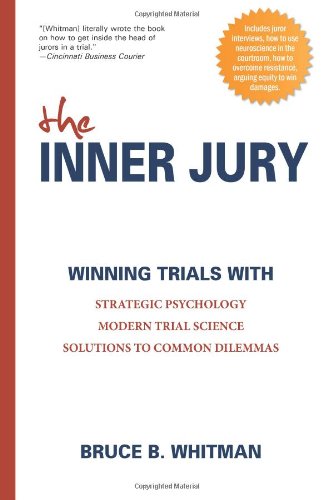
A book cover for The Inner Jury: Winning Trials With Strategic Psychology, Modern Trial Science, Emerging Principles from Other Disciplines; Bruce Whitman; Law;